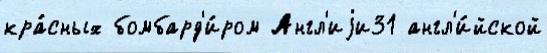
кра́сных бомбард'и́ром Англ'иjи31 англ'и́йской